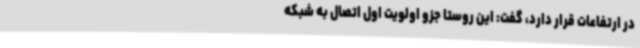
در ارتفاعات قرار دارد، گفت: این روستا جزو اولویت اول اتصال به شبکه